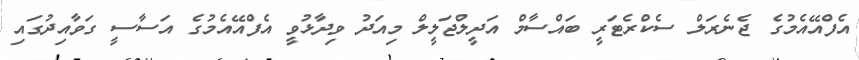
އެފްއޭއެމުގެ ޖެނެރަލް ސެކްރެޓަރީ ބައްސާމް އަދީލްޖަލީލް މިއަދު ވިދާޅުވީ އެފްއޭއެމުގެ އަސާސީ ގަވާއިދުގައި